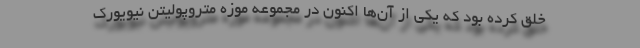
خلق کرده بود که یکی از آن‌ها اکنون در مجموعه‌ موزه متروپولیتن نیویورک